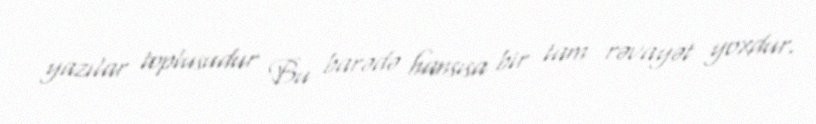
yazılar toplusudur Bu barədə hansısa bir tam rəvayət yoxdur.